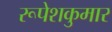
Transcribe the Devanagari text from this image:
रूपेशकुमार